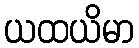
ယထယိမာ